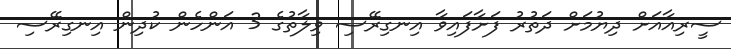
ސީރިއާއަށް ދިޔުމަށް ދަތުރު ފަށާފައިވާ އިނގިރޭސި ވިލާތުގެ 3 އަންހެން ކުދިން އިނގިރޭސި